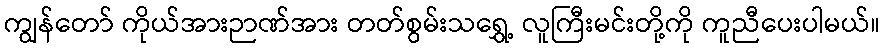
ကျွန်တော် ကိုယ်အားဉာဏ်အား တတ်စွမ်းသရွှေ့ လူကြီးမင်းတို့ကို ကူညီပေးပါမယ်။